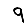
Digit: 9